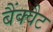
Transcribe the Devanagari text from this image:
बैंक्वैट